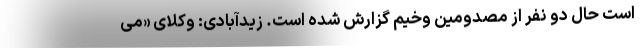
است حال دو نفر از مصدومین وخیم گزارش شده است. زیدآبادی: وکلای «می